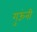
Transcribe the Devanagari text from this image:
गुऊंनी